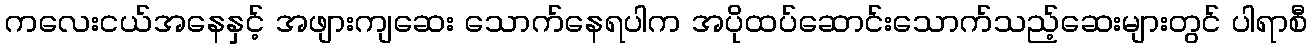
ကလေးငယ်အနေနှင့် အဖျားကျဆေး သောက်နေရပါက အပိုထပ်ဆောင်းသောက်သည့်ဆေးများတွင် ပါရာစီ